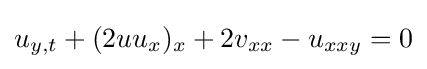
u_{y,t}+(2uu_{x})_{x}+2v_{xx}-u_{xxy}=0